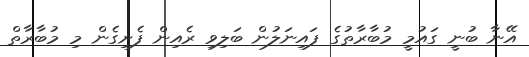
އޭނާ ބުނީ ގައުމީ މުބާރާތުގެ ފައިނަލުން ބަލިވި ރެއިން ފެށިގެން މި މުބާރާތް